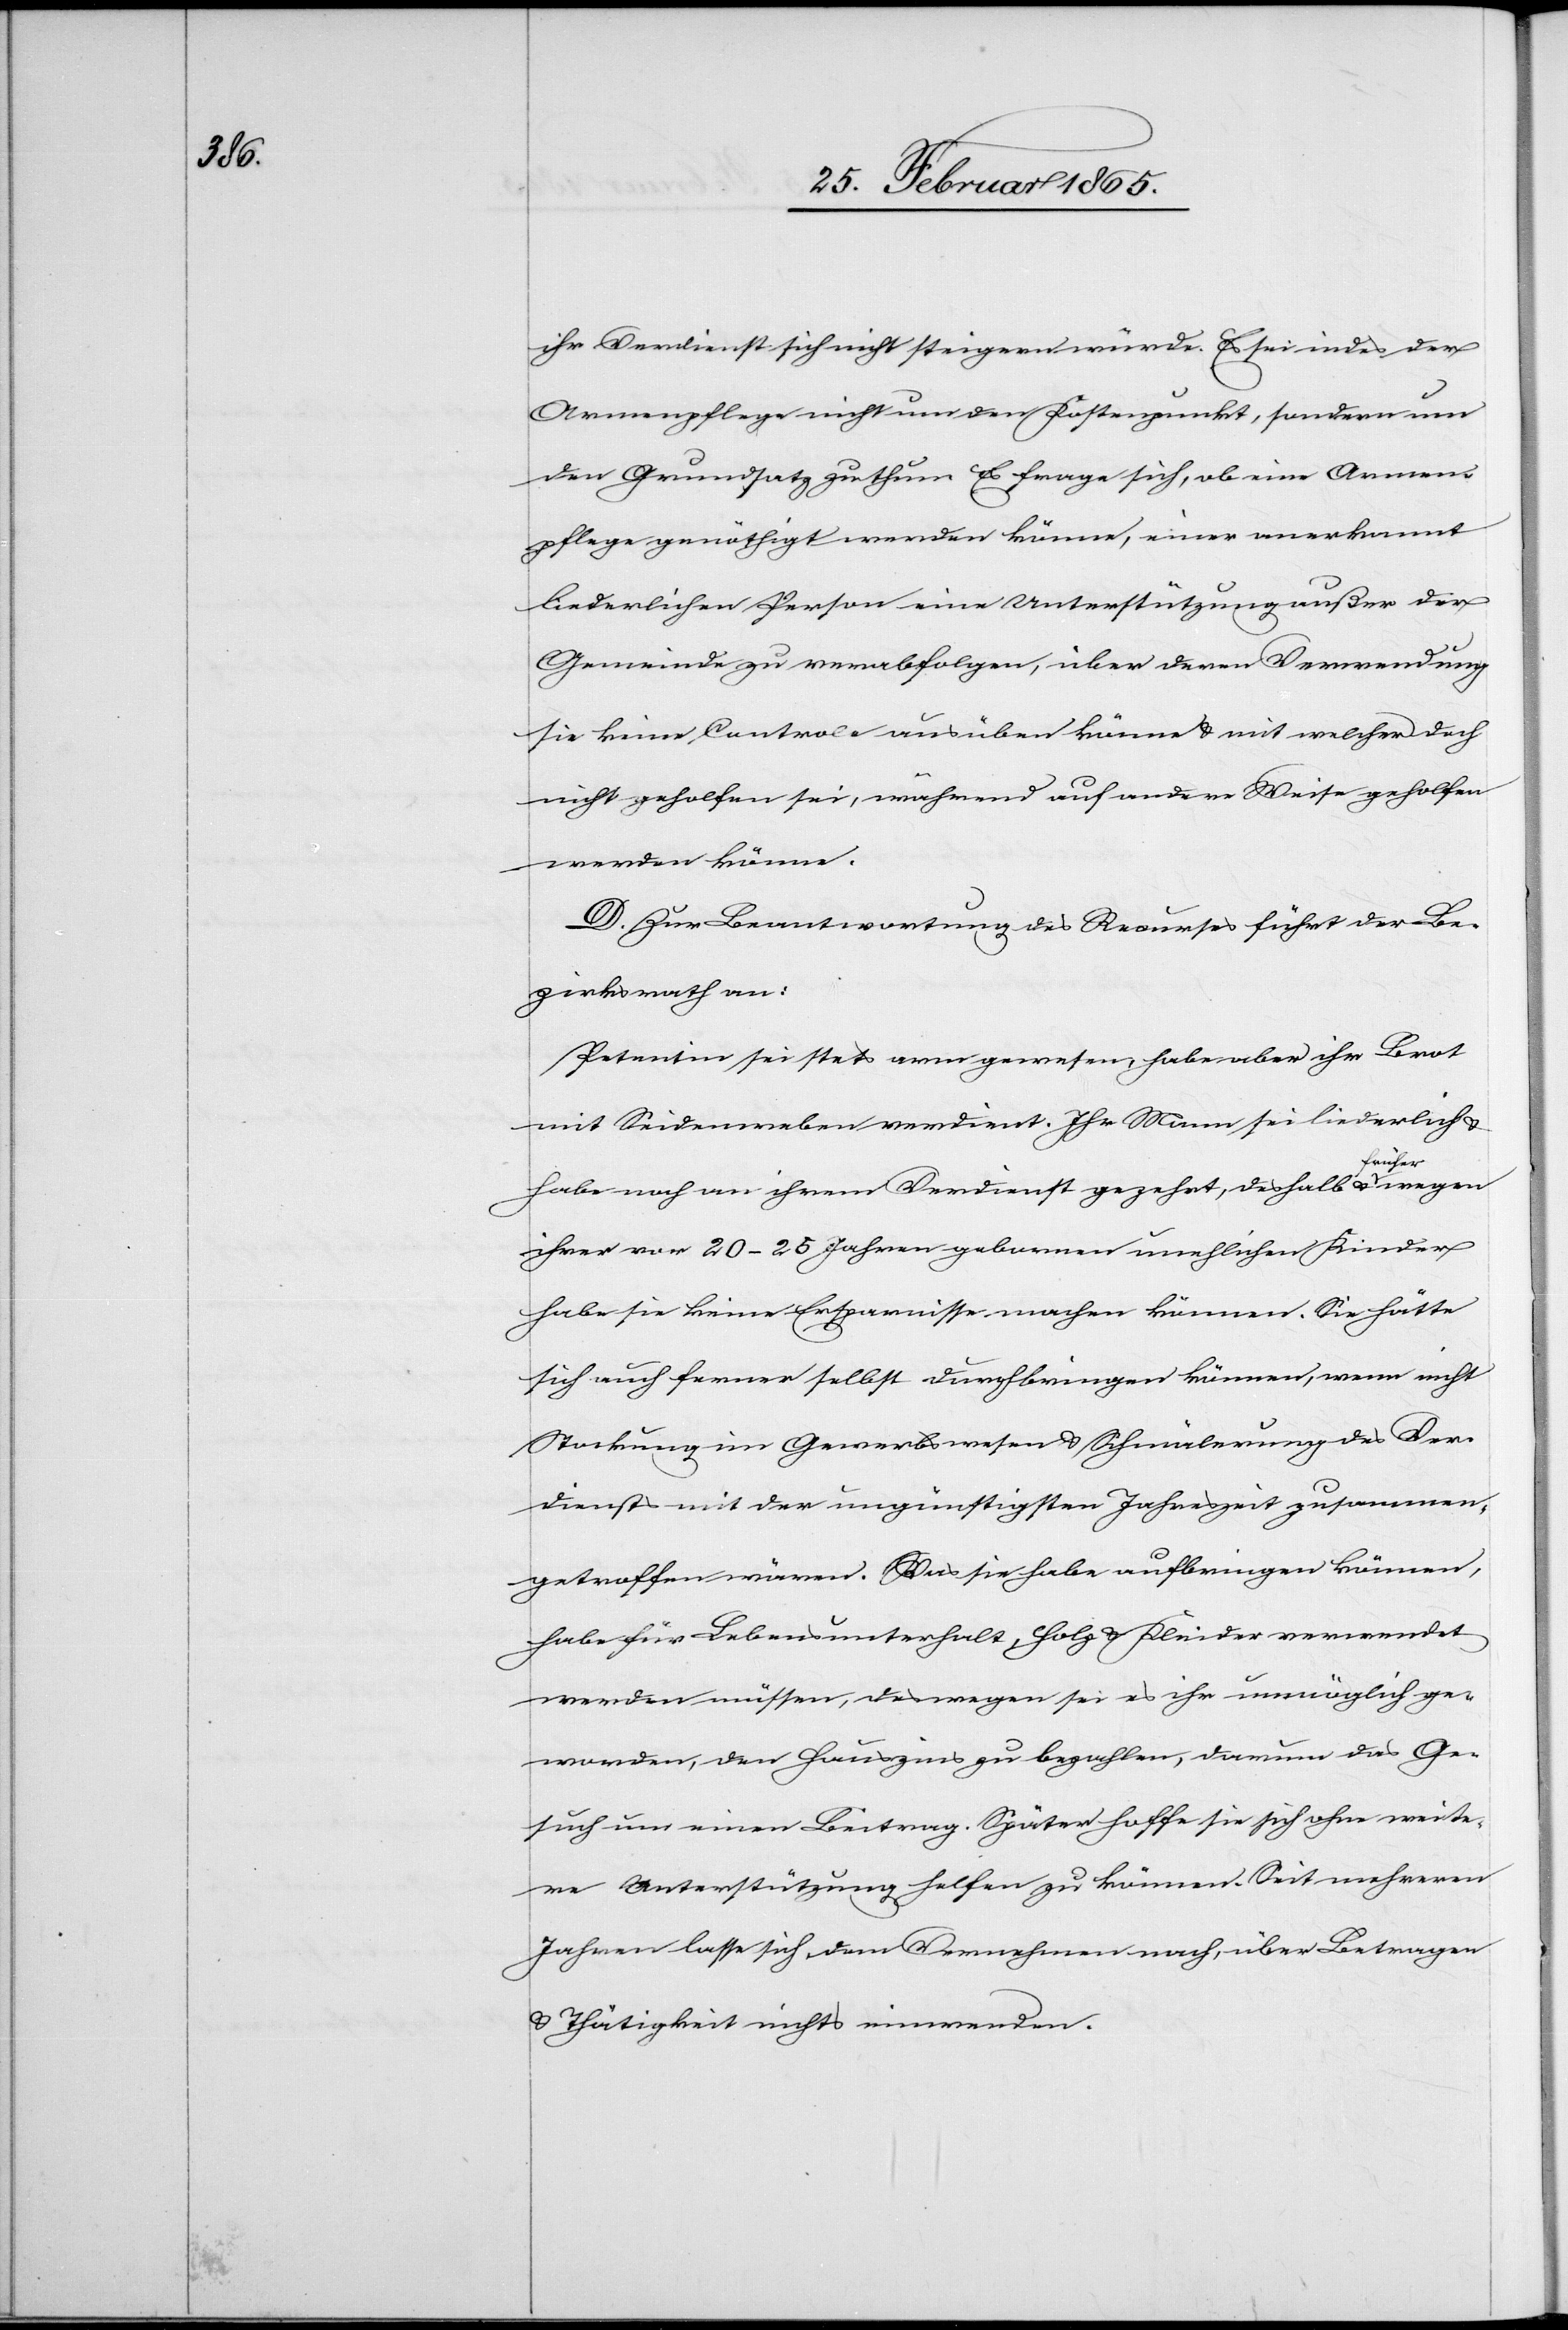
ihr Verdienst sich nicht steigern würde. Es sei indes der
Armenpflege nicht um den Kostenpunkt, sondern um
den Grundsatz zu thun. Es frage sich, ob eine Armen¬
pflege genöthigt werden könne, einer anerkannt
liederlichen Person eine Unterstützung außer der
Gemeinde zu verabfolgen, über deren Verwendung
sie keine Controle ausüben könne u. mit welcher doch
nicht geholfen sei, während auf andere Weise geholfen
werden könne.
D. Zur Beantwortung des Recurses führt der Be¬
zirksrath an:
Petentin sei stets arm gewesen, habe aber ihr Brot
mit Seidenweben verdient. Ihr Mann sei liederlich u.
habe noch an ihrem Verdienst gezehrt, deshalb u. früher wegen
ihrer vor 20–25 Jahren gebornen unehlichen Kinder
habe sie keine Ersparnisse machen können. Sie hätte
sich auch ferner selbst durchbringen können, wenn nicht
Stockung im Gewerbswesen u. Schmälerung des Ver¬
dienst mit der ungünstigsten Jahreszeit zusammen¬
getroffen wären. Was sie habe aufbringen können,
habe für Lebensunterhalt, Holz u. Kleider verwendet
werden müssen, deswegen sei es ihr unmöglich ge¬
worden, den Hauszins zu bezahlen, darum das Ge¬
such um einen Beitrag. Später hoffe sie sich ohne weite¬
re Unterstützung helfen zu können. Seit mehreren
Jahren lasse sich, dem Vernehmen nach, über Betragen
u. Thätigkeit nichts einwenden.